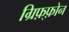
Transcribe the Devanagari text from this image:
ग्रिफ़्फ़ोन